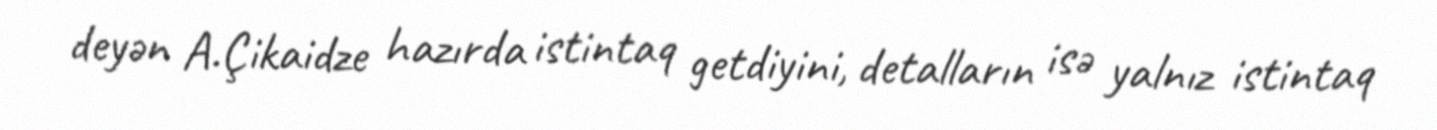
deyən A.Çikaidze hazırda istintaq getdiyini, detalların isə yalnız istintaq